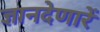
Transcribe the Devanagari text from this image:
ज्ञानदेणारें